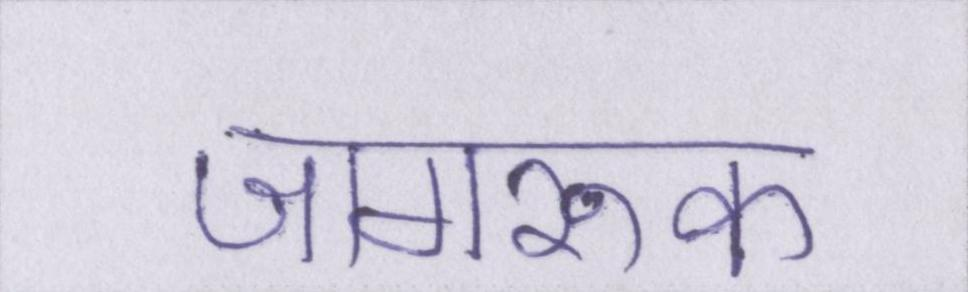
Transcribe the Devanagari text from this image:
जागरूक